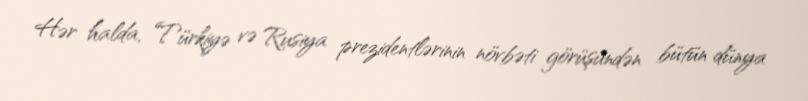
Hər halda, Türkiyə və Rusiya prezidentlərinin növbəti görüşündən bütün dünya